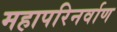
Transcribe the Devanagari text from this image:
महापरिनर्वाण